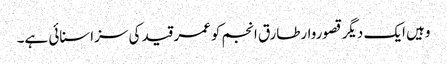
وہیں ایک دیگر قصوروارطارق انجم کوعمر قید کی سزاسنائی ہے۔